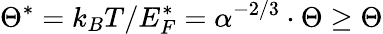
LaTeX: \Theta^{*}=k_{B}T/E_{F}^{*}=\alpha^{-2/3}\cdot\Theta\ge\Theta